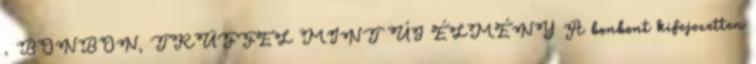
. BONBON, TRÜFFEL MINT ÚJ ÉLMÉNY A bonbont kifejezetten